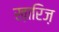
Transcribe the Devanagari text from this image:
ख़ारिज़